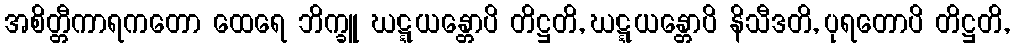
အစိတ္တီကာရကတော ထေရေ ဘိက္ခူ ဃဋ္ဋယန္တောပိ တိဋ္ဌတိ, ဃဋ္ဋယန္တောပိ နိသီဒတိ, ပုရတောပိ တိဋ္ဌတိ,